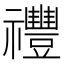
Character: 𥜪